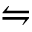
\leftrightharpoons